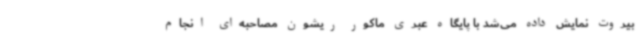
بیروت نمایش داده می‌شد با پایگاه عبری ماکور ریشون مصاحبه‌ای انجام